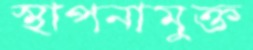
স্থাপনামুক্ত